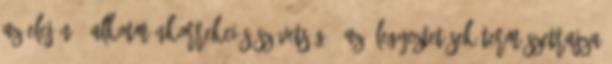
az elején 1 alkotmánkorrekciós szövetség 1 az álegyeztetések természetrajza